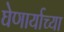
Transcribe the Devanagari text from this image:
घेणार्याच्या